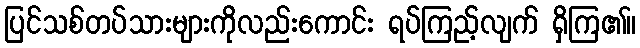
ပြင်သစ်တပ်သားများကိုလည်းကောင်း ရပ်ကြည့်လျက် ရှိကြ၏။